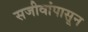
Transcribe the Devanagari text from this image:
सजीवांपासून